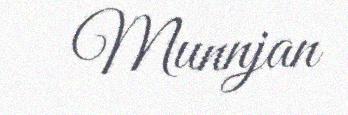
Munnjan